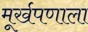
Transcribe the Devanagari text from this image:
मूर्खपणाला